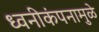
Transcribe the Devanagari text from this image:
ध्वनीकंपनामुळे